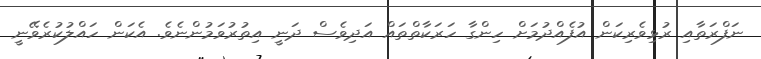
ނަފްރަތާއި ރުޅިވެރިކަން އުފެއްދުމަށް ހިންގާ ހަރަކާތްތައް އަދިވެސް ދަނީ އިތުރުވަމުންނެވެ. އެކަން ހައްލުކުރެވޭނީ